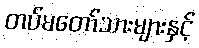
တပ်မတော်သားများနှင့်